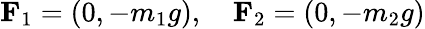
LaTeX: \mathbf{F}_{1}=(0,-m_{1}g),\quad\mathbf{F}_{2}=(0,-m_{2}g)